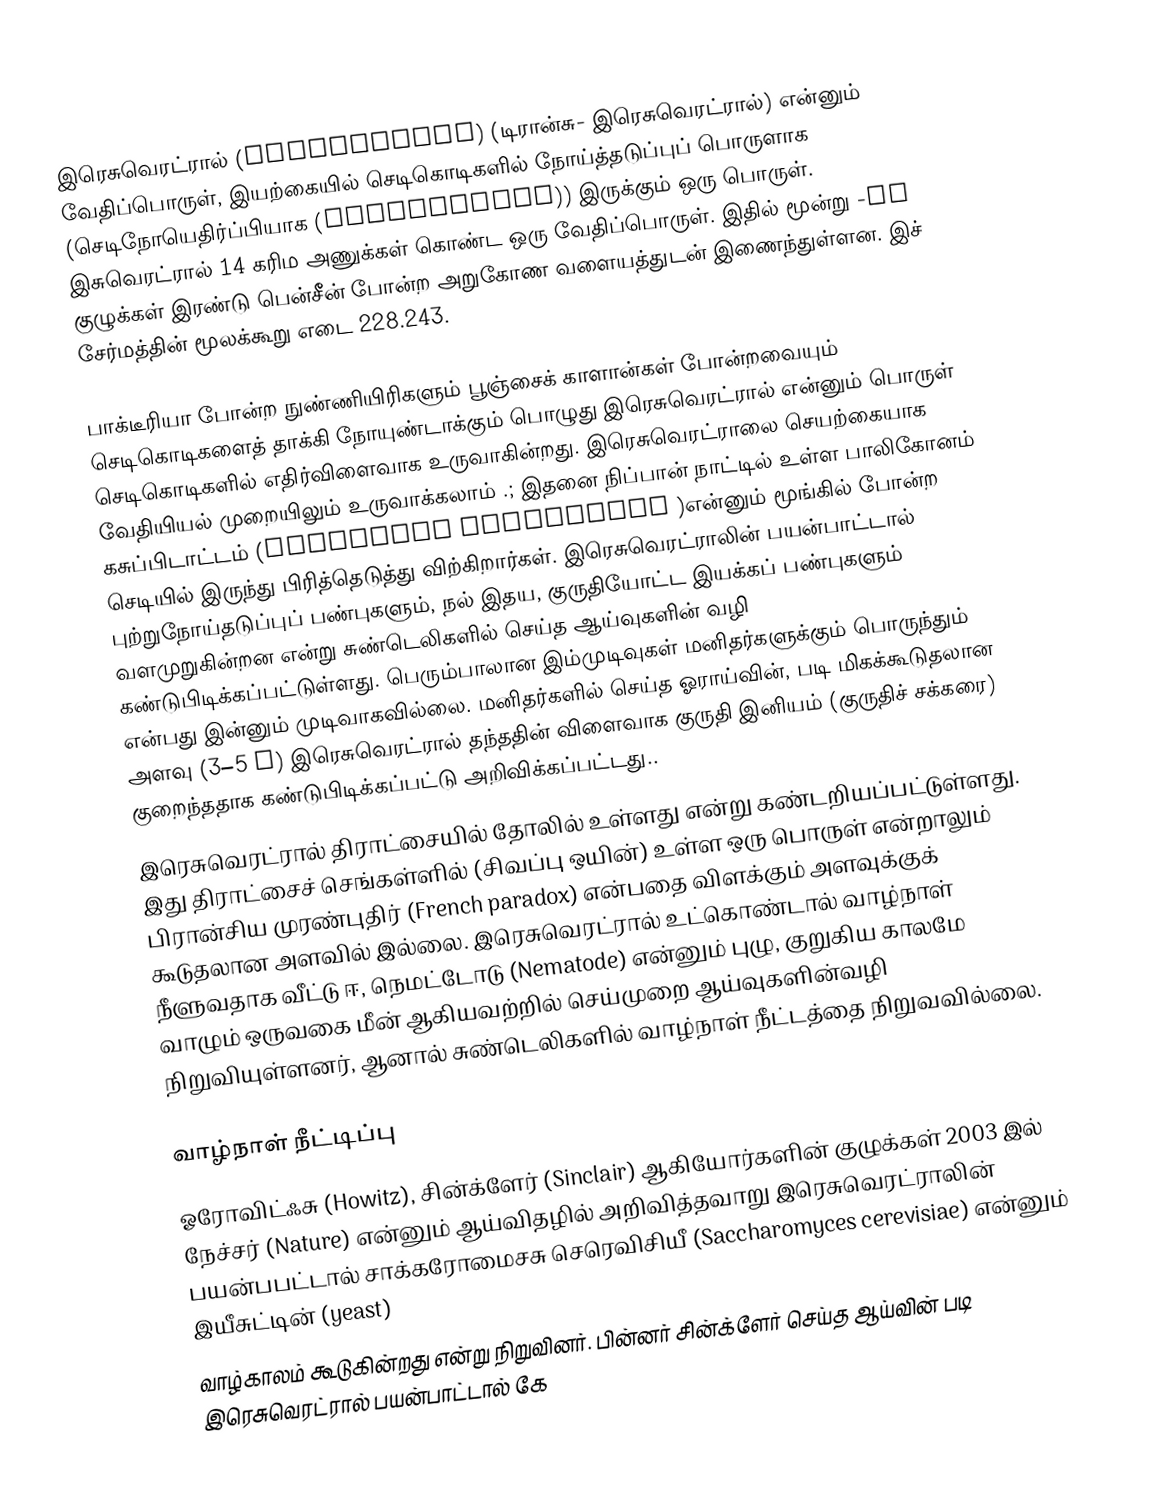
இரெசுவெரட்ரால் (Resveratrol) (டிரான்சு- இரெசுவெரட்ரால்) என்னும் வேதிப்பொருள், இயற்கையில் செடிகொடிகளில் நோய்த்தடுப்புப் பொருளாக (செடிநோயெதிர்ப்பியாக (phytoalexin)) இருக்கும் ஒரு பொருள். இசுவெரட்ரால் 14 கரிம அணுக்கள் கொண்ட ஒரு வேதிப்பொருள். இதில் மூன்று -OH குழுக்கள் இரண்டு பென்சீன் போன்ற அறுகோண வளையத்துடன் இணைந்துள்ளன. இச் சேர்மத்தின் மூலக்கூறு எடை 228.243.

பாக்டீரியா போன்ற நுண்ணியிரிகளும் பூஞ்சைக் காளான்கள் போன்றவையும் செடிகொடிகளைத் தாக்கி நோயுண்டாக்கும் பொழுது இரெசுவெரட்ரால் என்னும் பொருள் செடிகொடிகளில் எதிர்விளைவாக உருவாகின்றது. இரெசுவெரட்ராலை செயற்கையாக வேதியியல் முறையிலும் உருவாக்கலாம் .; இதனை நிப்பான் நாட்டில் உள்ள பாலிகோனம் கசுப்பிடாட்டம் (Polygonum cuspidatum )என்னும் மூங்கில் போன்ற செடியில் இருந்து பிரித்தெடுத்து விற்கிறார்கள். இரெசுவெரட்ராலின் பயன்பாட்டால் புற்றுநோய்தடுப்புப் பண்புகளும், நல் இதய, குருதியோட்ட இயக்கப் பண்புகளும் வளமுறுகின்றன என்று சுண்டெலிகளில் செய்த ஆய்வுகளின் வழி கண்டுபிடிக்கப்பட்டுள்ளது. பெரும்பாலான இம்முடிவுகள் மனிதர்களுக்கும் பொருந்தும் என்பது இன்னும் முடிவாகவில்லை. மனிதர்களில் செய்த ஓராய்வின், படி மிகக்கூடுதலான அளவு (3–5 g) இரெசுவெரட்ரால் தந்ததின் விளைவாக குருதி இனியம் (குருதிச் சக்கரை) குறைந்ததாக கண்டுபிடிக்கப்பட்டு அறிவிக்கப்பட்டது..
இரெசுவெரட்ரால் திராட்சையில் தோலில் உள்ளது என்று கண்டறியப்பட்டுள்ளது. இது திராட்சைச் செங்கள்ளில் (சிவப்பு ஒயின்) உள்ள ஒரு பொருள் என்றாலும் பிரான்சிய முரண்புதிர் (French paradox) என்பதை விளக்கும் அளவுக்குக் கூடுதலான அளவில் இல்லை. இரெசுவெரட்ரால் உட்கொண்டால் வாழ்நாள் நீளுவதாக வீட்டு ஈ, நெமட்டோடு (Nematode) என்னும் புழு, குறுகிய காலமே வாழும் ஒருவகை மீன் ஆகியவற்றில் செய்முறை ஆய்வுகளின்வழி நிறுவியுள்ளனர், ஆனால் சுண்டெலிகளில் வாழ்நாள் நீட்டத்தை நிறுவவில்லை.

வாழ்நாள் நீட்டிப்பு
ஓரோவிட்ஃசு (Howitz), சின்க்ளேர் (Sinclair) ஆகியோர்களின் குழுக்கள் 2003 இல் நேச்சர் (Nature) என்னும் ஆய்விதழில் அறிவித்தவாறு இரெசுவெரட்ராலின் பயன்பபட்டால் சாக்கரோமைசசு செரெவிசியீ (Saccharomyces cerevisiae) என்னும்  இயீசுட்டின் (yeast)
வாழ்காலம் கூடுகின்றது என்று நிறுவினர். பின்னர் சின்க்ளேர் செய்த ஆய்வின் படி இரெசுவெரட்ரால் பயன்பாட்டால் கே